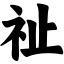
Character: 祉